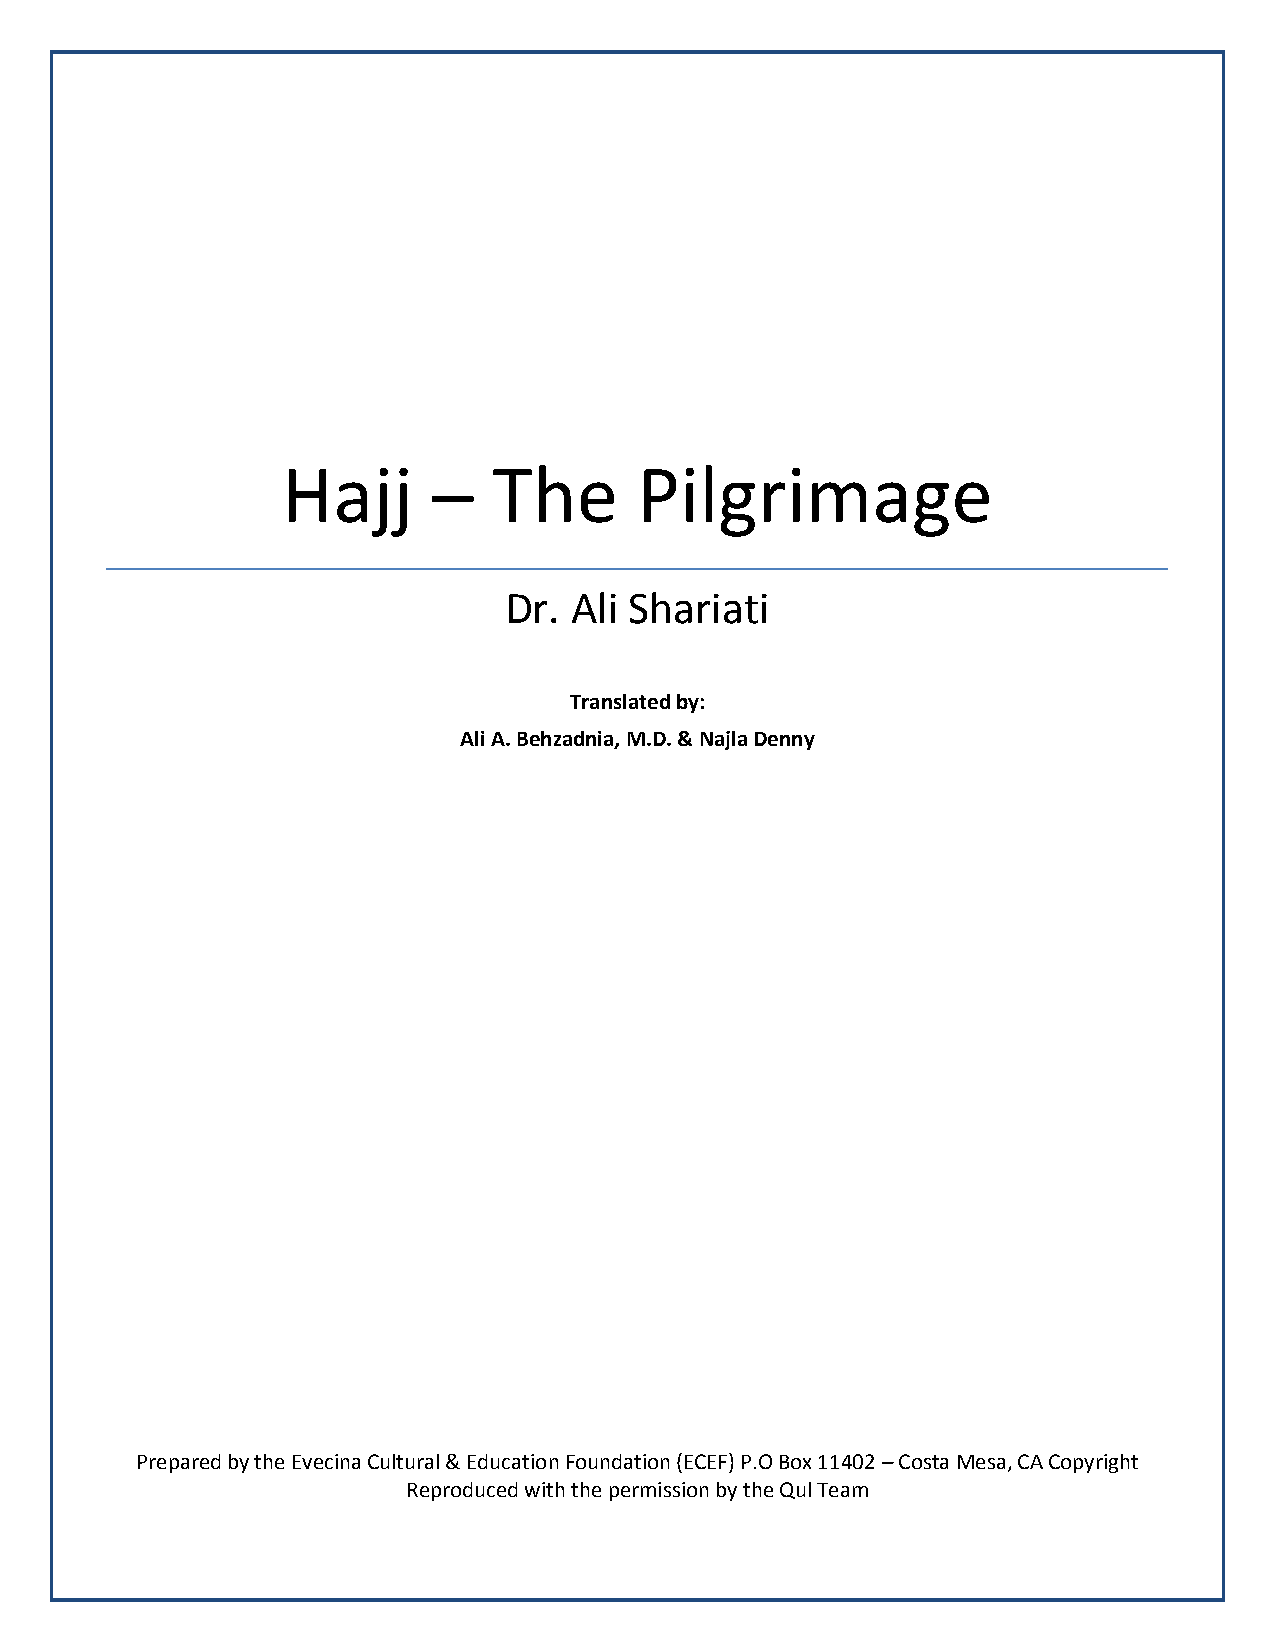
Hajj      –   The      Pilgrimage
 Dr.  Ali Shariati
 Translated by:
 Ali A. Behzadnia, M.D. & Najla Denny
 Prepared by the Evecina Cultural & Education Foundation (ECEF) P.O Box 11402 – Costa Mesa, CA Copyright
 Reproduced with the permission by the Qul Team